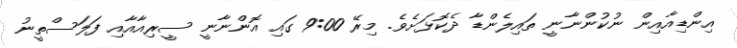
އިންޑިއާއިން ނުކުންނާނީ ތައިލެންޑާ ދެކޮޅަށެވެ. މިރޭ 9:00 ގައި އޮންނާނީ ސީރިއާއާއި ފަލަސްތީނު